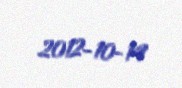
2012-10-14